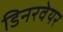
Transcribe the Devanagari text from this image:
डिनरवेयर